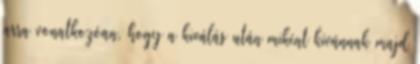
arra vonatkozóan, hogy a kiválás után miként kívánnak majd